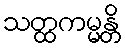
သတ္ထကမ္မန္တိ